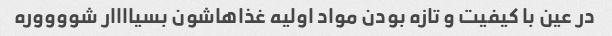
در عین با کیفیت و تازه بودن مواد اولیه غذاهاشون بسیاااار شووووره